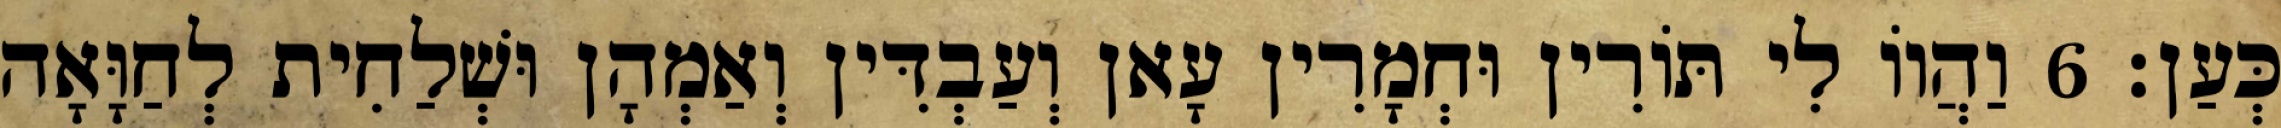
כְּעַן׃ 6 וַהֲווֹ לִי תּוֹרִין וּחְמָרִין עָאן וְעַבְדִּין וְאַמְהָן וּשְׁלַחִית לְחַוָּאָה